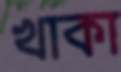
খাকা